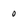
Character: 0